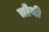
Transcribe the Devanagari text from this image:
त्रोयी